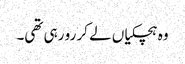
وہ ہچکیاں لے کر رو رہی تھی۔